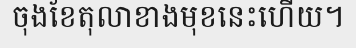
ចុងខែតុលាខាងមុខនេះហើយ។